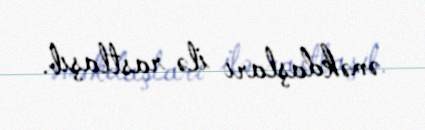
əməkdaşları ilə rastlaşıb.